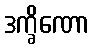
ဒက္ခိဏော